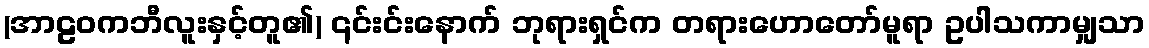
(အာဠဝကဘီလူးနှင့်တူ၏) ၎င်းင်းနောက် ဘုရားရှင်က တရားဟောတော်မူရာ ဥပါသကာမျှသာ